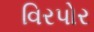
વિરપોર